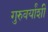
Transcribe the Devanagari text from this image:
गुरुवर्यांशी